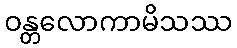
ဝန္တလောကာမိသဿ